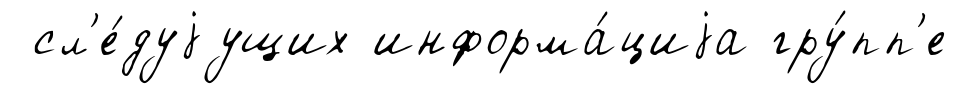
сл'е́дуjущих информа́циjа гру́пп'е